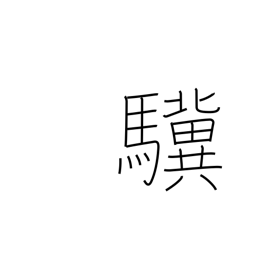
Meaning: talent